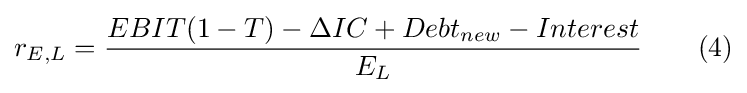
r_{E,L}={\frac {EBIT(1-T)-\Delta IC+Debt_{new}-Interest}{E_{L}}}\qquad (4)